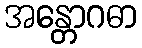
အန္တောဂဓာ